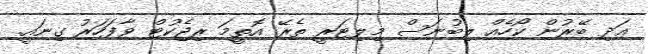
ޢަދި ބޭރުން ކޯހެއް ލިބުނަސް މިލިޓަރީ ތެރޭ އޮތީމަ ރިޖެކުޓް ވާފަހަރު ގިނައީ.